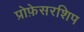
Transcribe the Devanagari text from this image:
प्रोफ़ेसरशिप